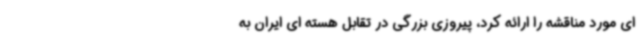
ای مورد مناقشه را ارائه کرد، پیروزی بزرگی در تقابل هسته ای ایران به